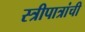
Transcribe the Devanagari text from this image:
स्त्रीपात्रांची